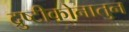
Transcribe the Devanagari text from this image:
द्रुष्टीकोनातुन